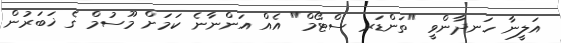
އަލީނާ ހަނދާންވީ "ތަންޑަރ ސްޓޯމް" އެއް އަންނާނެ ކަމަށް މޫސުމް ގެ ޚަބަރުން